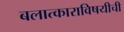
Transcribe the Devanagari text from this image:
बलात्काराविषयीची